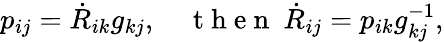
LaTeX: \begin{array}{r}{p_{ij}=\dot{R}_{ik}g_{kj},\quad\mathrm{~t~h~e~n~}~\dot{R}_{ij}=p_{ik}g_{kj}^{-1},}\end{array}